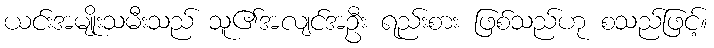
ယင်းအမျိုးသမီးသည် သူ၏အလျင်အဦး ရည်းစား ဖြစ်သည်ဟု စသည်ဖြင့်။